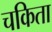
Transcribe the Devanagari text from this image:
चकिता